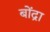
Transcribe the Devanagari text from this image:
बोंद्रा